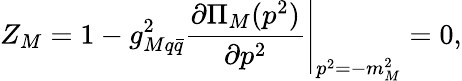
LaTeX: Z_{M}=1-g_{Mq\bar{q}}^{2}\left.\frac{\partial{\Pi}_{M}(p^{2})}{\partial p^{2}}\right|_{p^{2}=-m_{M}^{2}}=0,